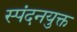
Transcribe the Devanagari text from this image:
स्पंदनयुक्त